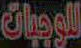
للوجبات